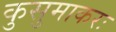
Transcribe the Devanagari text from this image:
कुसुमाकरः